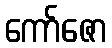
ကော်ဇော